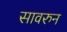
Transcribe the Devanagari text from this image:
सावरुन